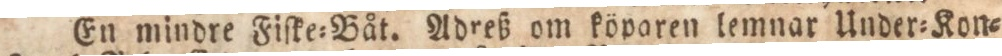
En mindre Fiſke=Båt. Adreß om köparen lemnar Under=Kon=